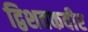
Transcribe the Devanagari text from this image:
द्विशतकवीर